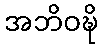
အဘိဝဍ္ဎိ